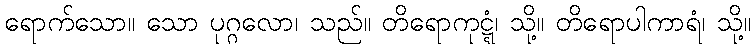
ရောက်သော။ သော ပုဂ္ဂလော၊ သည်။ တိရောကုဋ္ဋံ၊ သို့။ တိရောပါကာရံ၊ သို့။